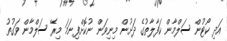
އަދި ކޯޓުން ސަލްމާން ކަފާލާތުގެ ދަށުން މިނިވަން ނުކޮށްފިނަމަ މިރޭ ސަލްމާން ވަގުތު